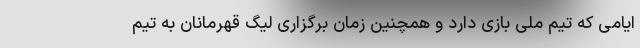
ایامی که تیم ملی بازی دارد و همچنین زمان برگزاری لیگ قهرمانان به تیم